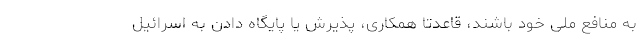
به منافع ملی خود باشند، قاعدتا همکاری، پذیرش یا پایگاه دادن به اسرائیل